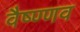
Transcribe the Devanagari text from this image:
वैष्ण्णव